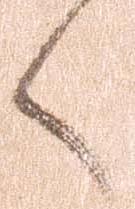
く